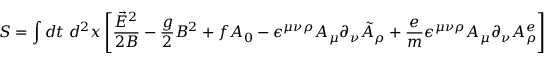
S = \int d t \; d ^ { 2 } x \left[ \frac { \vec { E } ^ { 2 } } { 2 B } - \frac { g } { 2 } B ^ { 2 } + f A _ { 0 } - \epsilon ^ { \mu \nu \rho } A _ { \mu } \partial _ { \nu } \tilde { A } _ { \rho } + \frac { e } { m } \epsilon ^ { \mu \nu \rho } A _ { \mu } \partial _ { \nu } A _ { \rho } ^ { e } \right] .